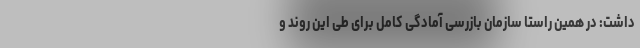
داشت: در همین راستا سازمان بازرسی آمادگی کامل برای طی این روند و